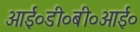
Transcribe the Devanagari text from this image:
आई०डी०बी०आई०